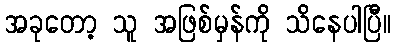
အခုတော့ သူ အဖြစ်မှန်ကို သိနေပါပြီ။